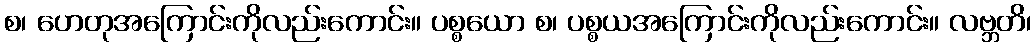
စ၊ ဟေတုအကြောင်းကိုလည်းကောင်း။ ပစ္စယော စ၊ ပစ္စယအကြောင်းကိုလည်းကောင်း။ လဗ္ဘတိ၊